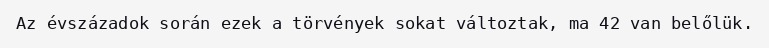
Az évszázadok során ezek a törvények sokat változtak, ma 42 van belőlük.